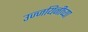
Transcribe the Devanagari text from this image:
उज्जयिनीच्या